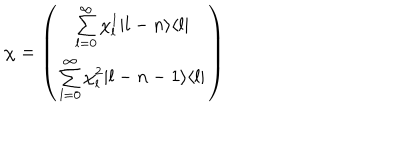
\chi = \left( \begin{array} { c } { { \sum _ { l = 0 } ^ { \infty } \chi _ { l } ^ { 1 } | l - n \rangle \langle l | } } \\ { { \sum _ { l = 0 } ^ { \infty } \chi _ { l } ^ { 2 } | l - n - 1 \rangle \langle l | } } \\ \end{array} \right)